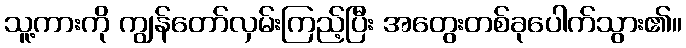
သူ့ကားကို ကျွန်တော်လှမ်းကြည့်ပြီး အတွေးတစ်ခုပေါက်သွား၏။